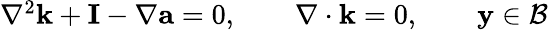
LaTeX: \begin{array}{r}{\nabla^{2}\textbf k+\mathbf I-\nabla\textbf a=0,\qquad\nabla\cdot\mathbf k=0,\qquad\textbf y\in\mathcal B}\end{array}